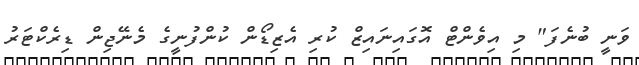
ވަނީ ބުނެފަ" މި އިވެންޓް އޮގައިނައިޒް ކުރި އެޒިޑޯން ކުންފުނީގެ މެނޭޖިން ޑިރެކްޓަރު